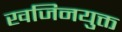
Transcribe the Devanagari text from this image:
खजिनयुक्त